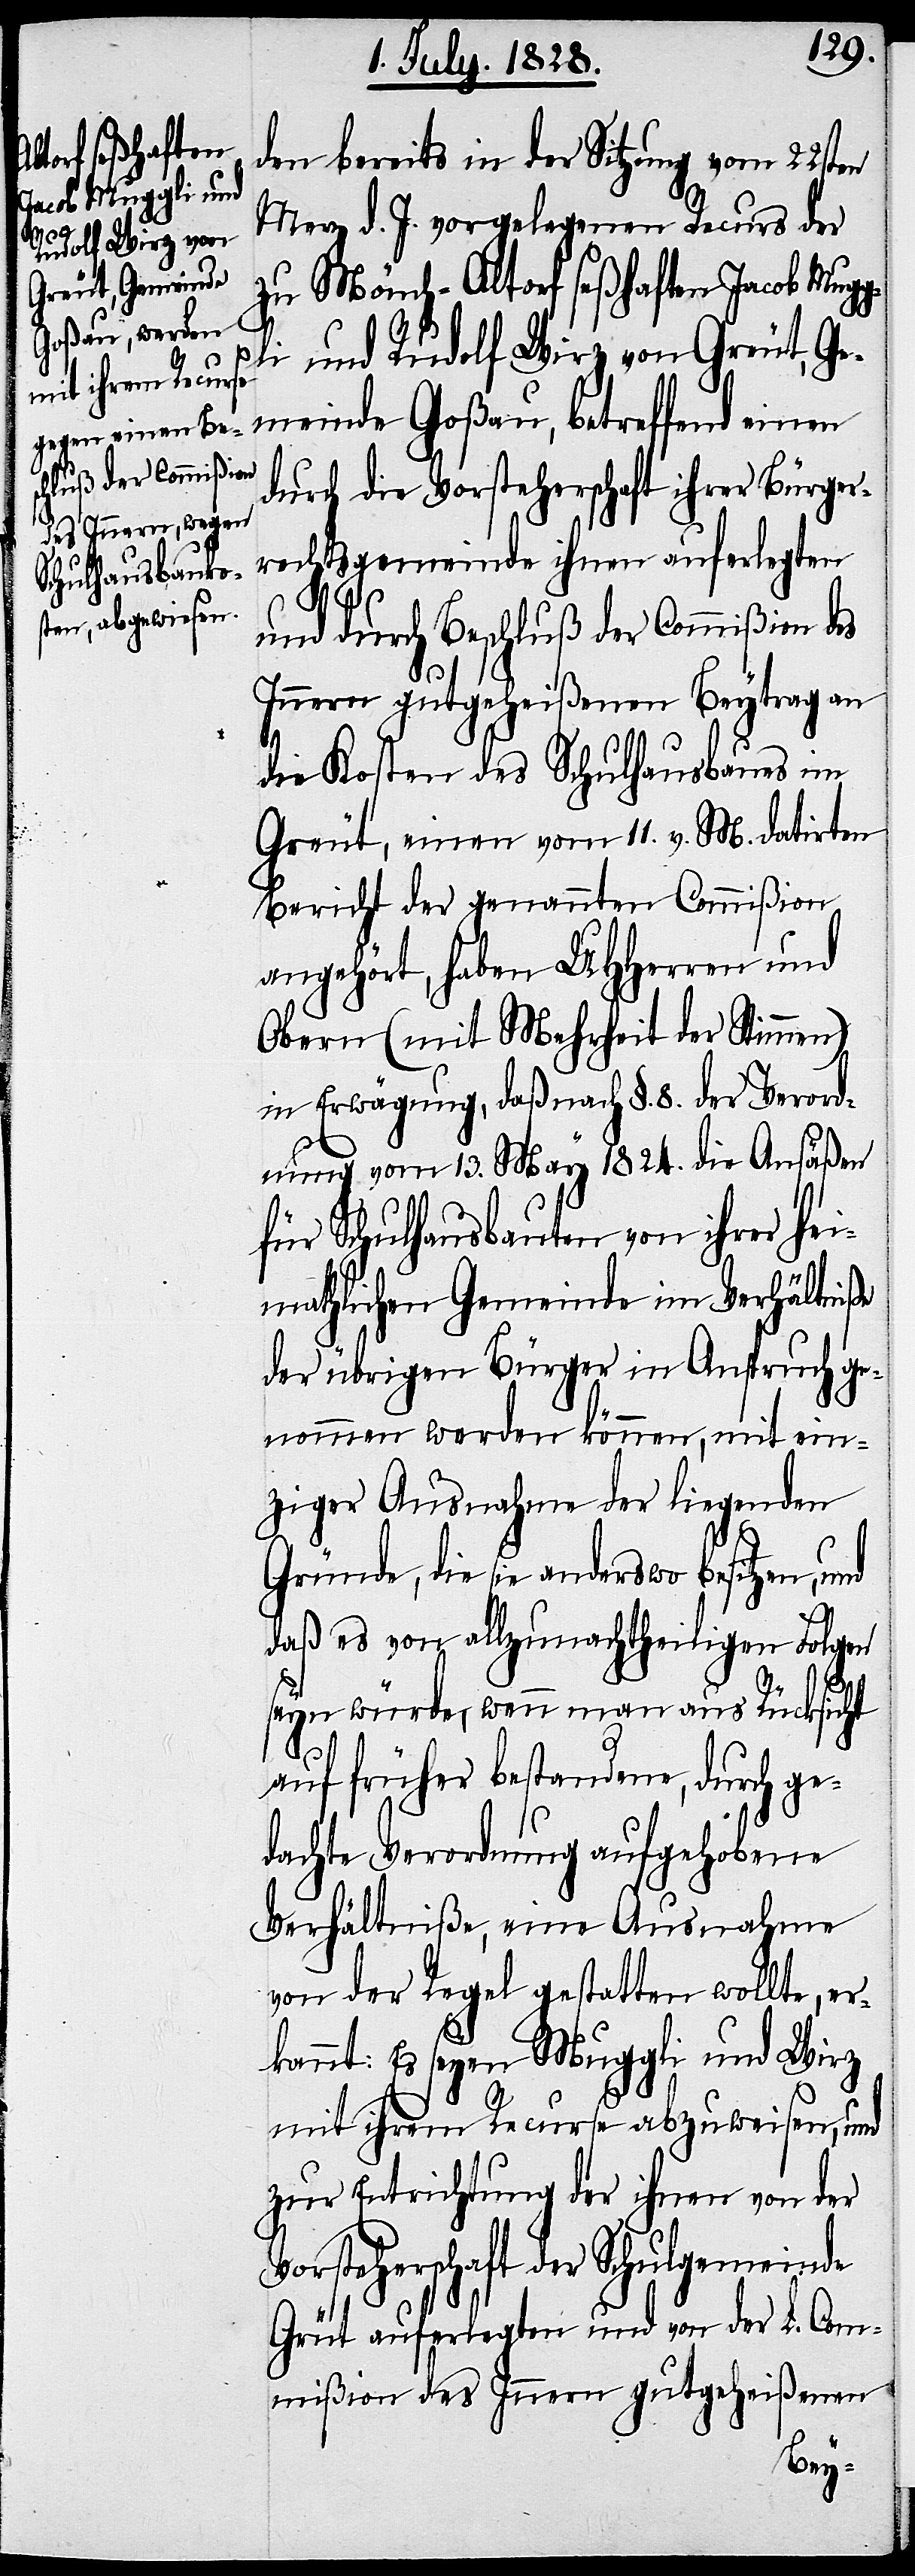
gl¬

den bereits in der Sitzung vom 22sten
Merz d. J. vorgelegenen Recurs der
zu Mönch-Altorf seßhaften Jacob Mug¬
i und Rudolf Wirz von Greut, Ge¬
meinde Goßau, betreffend einen
durch die Vorsteherschaft ihrer Bürger¬
rechtsgemeinde ihnen auferlegten
und durch Beschluß der Commißion des
Innern gutgeheißenen Beytrag an
die Kosten des Schulhausbaues im
Greut, einen vom 11. v. M. datirten
Bericht der genannten Commißion
angehört, haben UHHerren und
Obern (mit Mehrheit der Stimmen)
in Erwägung, daß nach §. 8. der Verord¬
nung vom 13. May 1824. die Ansäßen
für Schulhausbauten von ihrer hei¬
mathlichen Gemeinde im Verhältniße
der übrigen Bürger in Anspruch ge¬
nommen werden können, mit ein¬
ziger Ausnahme der liegenden
Gründe, die sie anderswo besitzen,
daß es von allzunachtheiligen Folgen
seyn würde, wenn man aus Rücksicht
auf früher bestandene, durch ge¬
dachte Verordnung aufgehobene
Verhältniße, eine Ausnahme
von der Regel gestatten wollte, er¬
kannt: Es seyen Muggli und Wirz
mit ihrem Recurse abzuweisen, und
zur Entrichtung der ihnen von der
Vorsteherschaft der Schulgemeinde
Greut auferlegten und von der L. Com¬
mißion des Innern gutgeheißenen